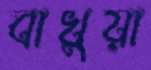
বাখুয়া